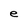
Character: e